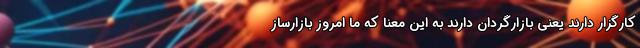
کارگزار دارند یعنی بازارگردان دارند به این معنا که ما امروز بازارساز